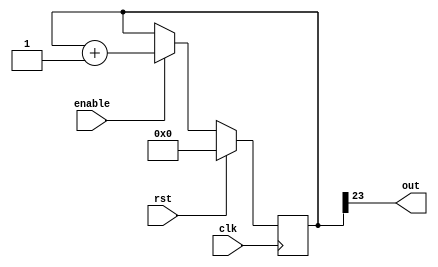
/*
   This file was generated automatically by Alchitry Labs version 1.2.7.
   Do not edit this file directly. Instead edit the original Lucid source.
   This is a temporary file and any changes made to it will be destroyed.
*/

module counter_12 (
    input clk,
    input rst,
    input enable,
    output reg out
  );
  
  
  
  reg [23:0] M_counter_d, M_counter_q = 1'h0;
  
  always @* begin
    M_counter_d = M_counter_q;
    
    out = M_counter_q[23+0-:1];
    if (enable == 1'h1) begin
      M_counter_d = M_counter_q + 1'h1;
    end
  end
  
  always @(posedge clk) begin
    if (rst == 1'b1) begin
      M_counter_q <= 1'h0;
    end else begin
      M_counter_q <= M_counter_d;
    end
  end
  
endmodule